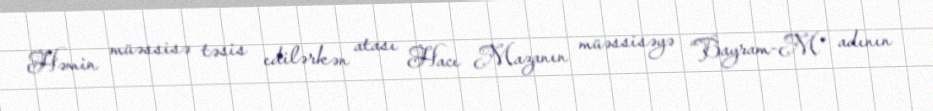
Həmin müəssisə təsis edilərkən atası Hacı Mazanın müəssisəyə “Bayram-M” adının